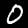
Digit: 0